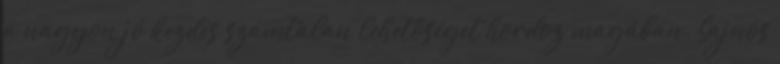
a nagyon jó kezdés számtalan lehetőséget hordoz magában. Sajnos